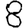
Digit: 8